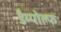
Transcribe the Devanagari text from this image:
डैम्पोल्फ